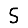
Digit: 5